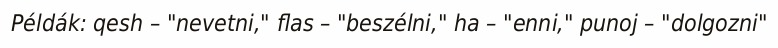
Példák: qesh – "nevetni," flas – "beszélni," ha – "enni," punoj – "dolgozni"